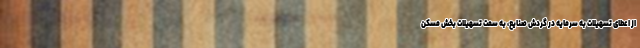
از اعطای تسهیلات به سرمایه در گردش صنایع، به سمت تسهیلات بخش مسکن